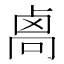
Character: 𠨄